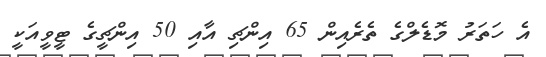
އެ ހަތަރު މޮޑެލްގެ ތެރެއިން 65 އިންޗި އާއި 50 އިންޗީގެ ޓީވީއަކީ